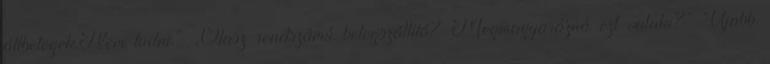
állbetegek.Nem tudni.” „Olasz rendszámú betegszállító? Megmagyarázná ezt valaki?” Újabb